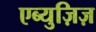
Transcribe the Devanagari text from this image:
एब्युज़िज़